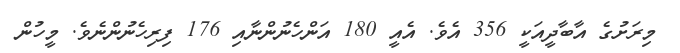
މިރަށުގެ އާބާދީއަކީ 356 އެވެ. އެއީ 180 އަންހެނުންނާއި 176 ފިރިހެނުންނެވެ. މީހުން